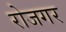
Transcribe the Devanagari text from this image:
रोजगर